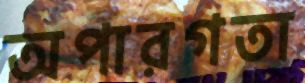
অপারগতা